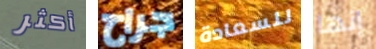
أكثر جراح للسعادة إنها